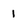
Character: 1